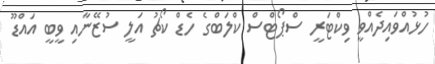
ހުޅުއްވައިދެއްވީ ވިކްޓަރީ ސްޕޯޓްސް ކްލަބްގެ ހެޑް ކޯޗު އަލީ ސުޒޭނާއި ވީބީ އައްޑޫ